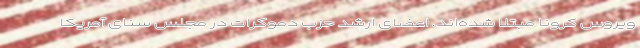
ویروس کرونا مبتلا شده‌اند. اعضای ارشد حزب دموکرات در مجلس سنای آمریکا